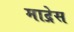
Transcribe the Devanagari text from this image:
माद्रेस